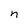
Character: n